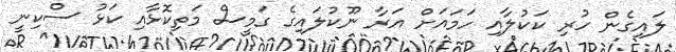
ލައިގެން ހުރި ކަކުލާއި ހަމައަށް އަރާ ނޫކުލައިގެ ގަމީސް މަތިކޮޅާއި ކަޅު ސްކިނީ